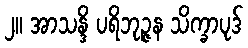
၂။ အာသန္ဒိ ပရိဘုဉ္ဇန သိက္ခာပုဒ်